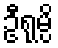
ဦရုမ္ပိ